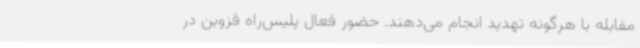
مقابله با هرگونه تهدید انجام می‌دهند. حضور فعال پلیس‌راه قزوین در